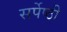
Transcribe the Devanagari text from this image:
सर्पेष्ठी